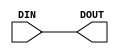
// This program was cloned from: https://github.com/bluespec/Piccolo
// License: Apache License 2.0


// Copyright (c) 2000-2009 Bluespec, Inc.

// Permission is hereby granted, free of charge, to any person obtaining a copy
// of this software and associated documentation files (the "Software"), to deal
// in the Software without restriction, including without limitation the rights
// to use, copy, modify, merge, publish, distribute, sublicense, and/or sell
// copies of the Software, and to permit persons to whom the Software is
// furnished to do so, subject to the following conditions:

// The above copyright notice and this permission notice shall be included in
// all copies or substantial portions of the Software.

// THE SOFTWARE IS PROVIDED "AS IS", WITHOUT WARRANTY OF ANY KIND, EXPRESS OR
// IMPLIED, INCLUDING BUT NOT LIMITED TO THE WARRANTIES OF MERCHANTABILITY,
// FITNESS FOR A PARTICULAR PURPOSE AND NONINFRINGEMENT. IN NO EVENT SHALL THE
// AUTHORS OR COPYRIGHT HOLDERS BE LIABLE FOR ANY CLAIM, DAMAGES OR OTHER
// LIABILITY, WHETHER IN AN ACTION OF CONTRACT, TORT OR OTHERWISE, ARISING FROM,
// OUT OF OR IN CONNECTION WITH THE SOFTWARE OR THE USE OR OTHER DEALINGS IN
// THE SOFTWARE.
//
// $Revision$
// $Date$

`ifdef BSV_ASSIGNMENT_DELAY
`else
`define BSV_ASSIGNMENT_DELAY
`endif


module SyncWire( DIN, DOUT );

   parameter width = 1;
            
   input [width - 1 : 0]    DIN;
   output [width - 1 : 0]   DOUT;

   assign                   DOUT = DIN ;
   

endmodule